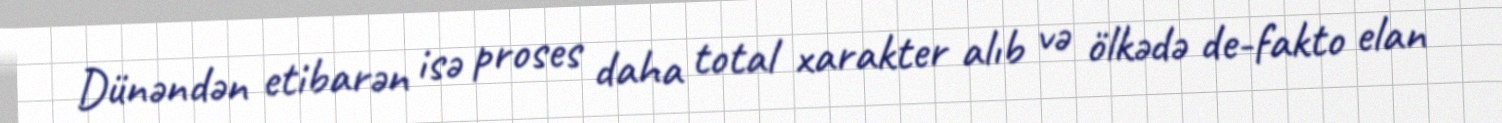
Dünəndən etibarən isə proses daha total xarakter alıb və ölkədə de-fakto elan